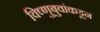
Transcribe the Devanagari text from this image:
विष्णुबुवांकडून